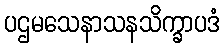
ပဌမသေနာသနသိက္ခာပဒံ